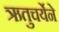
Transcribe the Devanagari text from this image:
ऋतुचर्येने